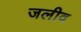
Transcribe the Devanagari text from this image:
जलीव